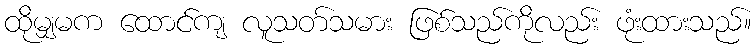
ထိုမျှမက ထောင်ကျ လူသတ်သမား ဖြစ်သည်ကိုလည်း ဖုံးထားသည်။